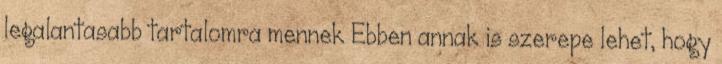
legalantasabb tartalomra mennek Ebben annak is szerepe lehet, hogy